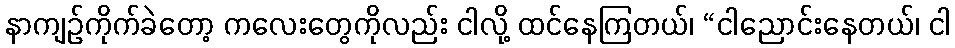
နာကျဉ်ကိုက်ခဲတော့ ကလေးတွေကိုလည်း ငါလို့ ထင်နေကြတယ်၊ “ငါညောင်းနေတယ်၊ ငါ